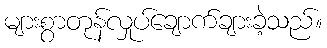
များစွာတုန်လှုပ်ချောက်ချားခဲ့သည်။